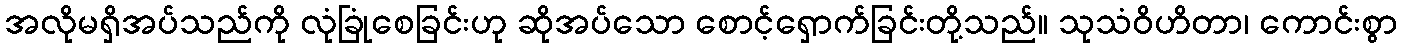
အလိုမရှိအပ်သည်ကို လုံခြုံစေခြင်းဟု ဆိုအပ်သော စောင့်ရှောက်ခြင်းတို့သည်။ သုသံဝိဟိတာ၊ ကောင်းစွာ